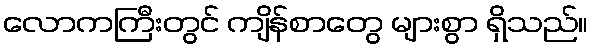
လောကကြီးတွင် ကျိန်စာတွေ များစွာ ရှိသည်။